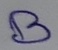
Text: B